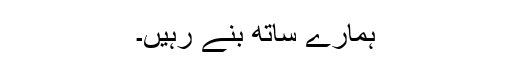
ہمارے ساتھ بنے رہیں۔